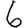
Digit: 6